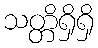
သတ္တိရှိရှိ